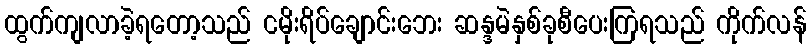
ထွက်ကျလာခဲ့ရတော့သည် ငမိုးရိပ်ချောင်းဘေး ဆန္ဒမဲနှစ်ခုစီပေးကြရသည် ကိုက်လန်